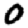
Digit: 0